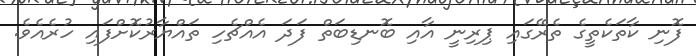
ފޮނި ކާތަކެތީގެ ތެރޭގައި ޕިރިނީ އާއި ބޮނޑިބަތް ފަދަ އެއްޗެހި ތައްޔާރުކޮށްފައި ހުރެއެވެ.